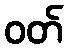
ဝတ်